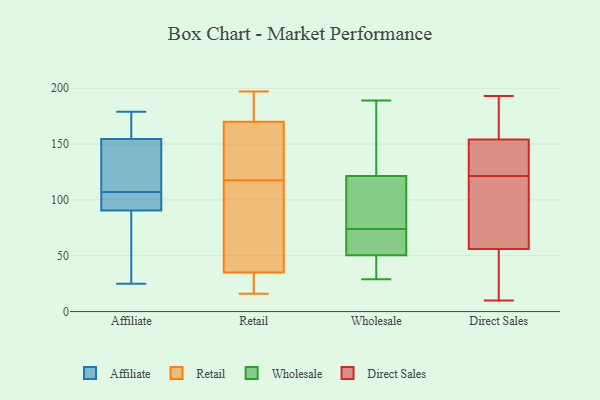
{"axis": {"x": "Energy Usage (MWh)", "y": "Value"}, "legend": ["Affiliate", "Direct Sales", "Retail", "Wholesale"], "data": [{"x": "", "y": 91, "type": "Affiliate"}, {"x": "", "y": 161, "type": "Affiliate"}, {"x": "", "y": 90, "type": "Affiliate"}, {"x": "", "y": 154, "type": "Affiliate"}, {"x": "", "y": 94, "type": "Affiliate"}, {"x": "", "y": 138, "type": "Affiliate"}, {"x": "", "y": 93, "type": "Affiliate"}, {"x": "", "y": 87, "type": "Affiliate"}, {"x": "", "y": 155, "type": "Affiliate"}, {"x": "", "y": 110, "type": "Affiliate"}, {"x": "", "y": 46, "type": "Affiliate"}, {"x": "", "y": 129, "type": "Affiliate"}, {"x": "", "y": 155, "type": "Affiliate"}, {"x": "", "y": 179, "type": "Affiliate"}, {"x": "", "y": 25, "type": "Affiliate"}, {"x": "", "y": 104, "type": "Affiliate"}, {"x": "", "y": 163, "type": "Retail"}, {"x": "", "y": 35, "type": "Retail"}, {"x": "", "y": 185, "type": "Retail"}, {"x": "", "y": 160, "type": "Retail"}, {"x": "", "y": 50, "type": "Retail"}, {"x": "", "y": 171, "type": "Retail"}, {"x": "", "y": 20, "type": "Retail"}, {"x": "", "y": 170, "type": "Retail"}, {"x": "", "y": 17, "type": "Retail"}, {"x": "", "y": 150, "type": "Retail"}, {"x": "", "y": 83, "type": "Retail"}, {"x": "", "y": 197, "type": "Retail"}, {"x": "", "y": 16, "type": "Retail"}, {"x": "", "y": 85, "type": "Retail"}, {"x": "", "y": 80, "type": "Wholesale"}, {"x": "", "y": 125, "type": "Wholesale"}, {"x": "", "y": 112, "type": "Wholesale"}, {"x": "", "y": 68, "type": "Wholesale"}, {"x": "", "y": 189, "type": "Wholesale"}, {"x": "", "y": 118, "type": "Wholesale"}, {"x": "", "y": 152, "type": "Wholesale"}, {"x": "", "y": 49, "type": "Wholesale"}, {"x": "", "y": 52, "type": "Wholesale"}, {"x": "", "y": 30, "type": "Wholesale"}, {"x": "", "y": 29, "type": "Wholesale"}, {"x": "", "y": 57, "type": "Wholesale"}, {"x": "", "y": 129, "type": "Direct Sales"}, {"x": "", "y": 10, "type": "Direct Sales"}, {"x": "", "y": 124, "type": "Direct Sales"}, {"x": "", "y": 94, "type": "Direct Sales"}, {"x": "", "y": 68, "type": "Direct Sales"}, {"x": "", "y": 114, "type": "Direct Sales"}, {"x": "", "y": 180, "type": "Direct Sales"}, {"x": "", "y": 152, "type": "Direct Sales"}, {"x": "", "y": 169, "type": "Direct Sales"}, {"x": "", "y": 193, "type": "Direct Sales"}, {"x": "", "y": 192, "type": "Direct Sales"}, {"x": "", "y": 56, "type": "Direct Sales"}, {"x": "", "y": 119, "type": "Direct Sales"}, {"x": "", "y": 54, "type": "Direct Sales"}, {"x": "", "y": 13, "type": "Direct Sales"}, {"x": "", "y": 152, "type": "Direct Sales"}, {"x": "", "y": 34, "type": "Direct Sales"}, {"x": "", "y": 154, "type": "Direct Sales"}]}